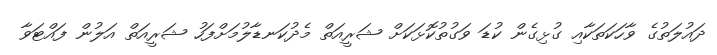
ދައުލަތުގެ ވާހަކަތަކާއި ގުޅިގެން ކުޑަ ވަގުތުކޮޅަކަށް ޝަރީއަތް މެދުކަނޑާލުމަށްފަހު ޝަރީއަތް އަލުން ފައްޓަވާ